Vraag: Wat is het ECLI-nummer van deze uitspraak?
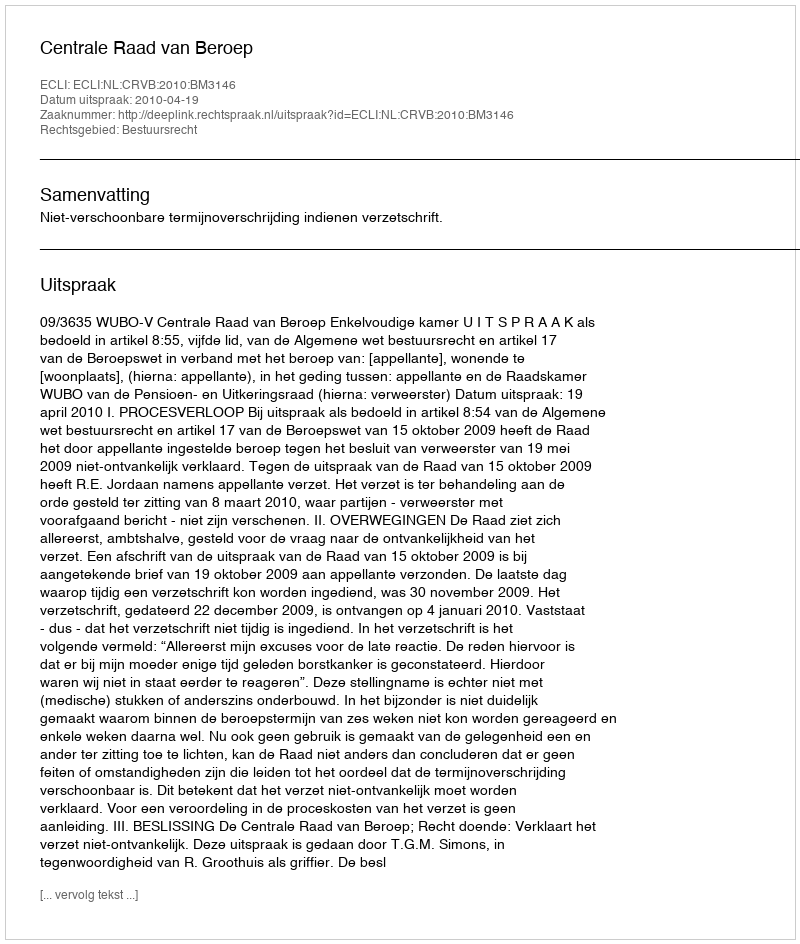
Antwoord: ECLI:NL:CRVB:2010:BM3146